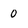
Character: 0